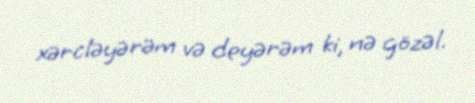
xərcləyərəm və deyərəm ki, nə gözəl.